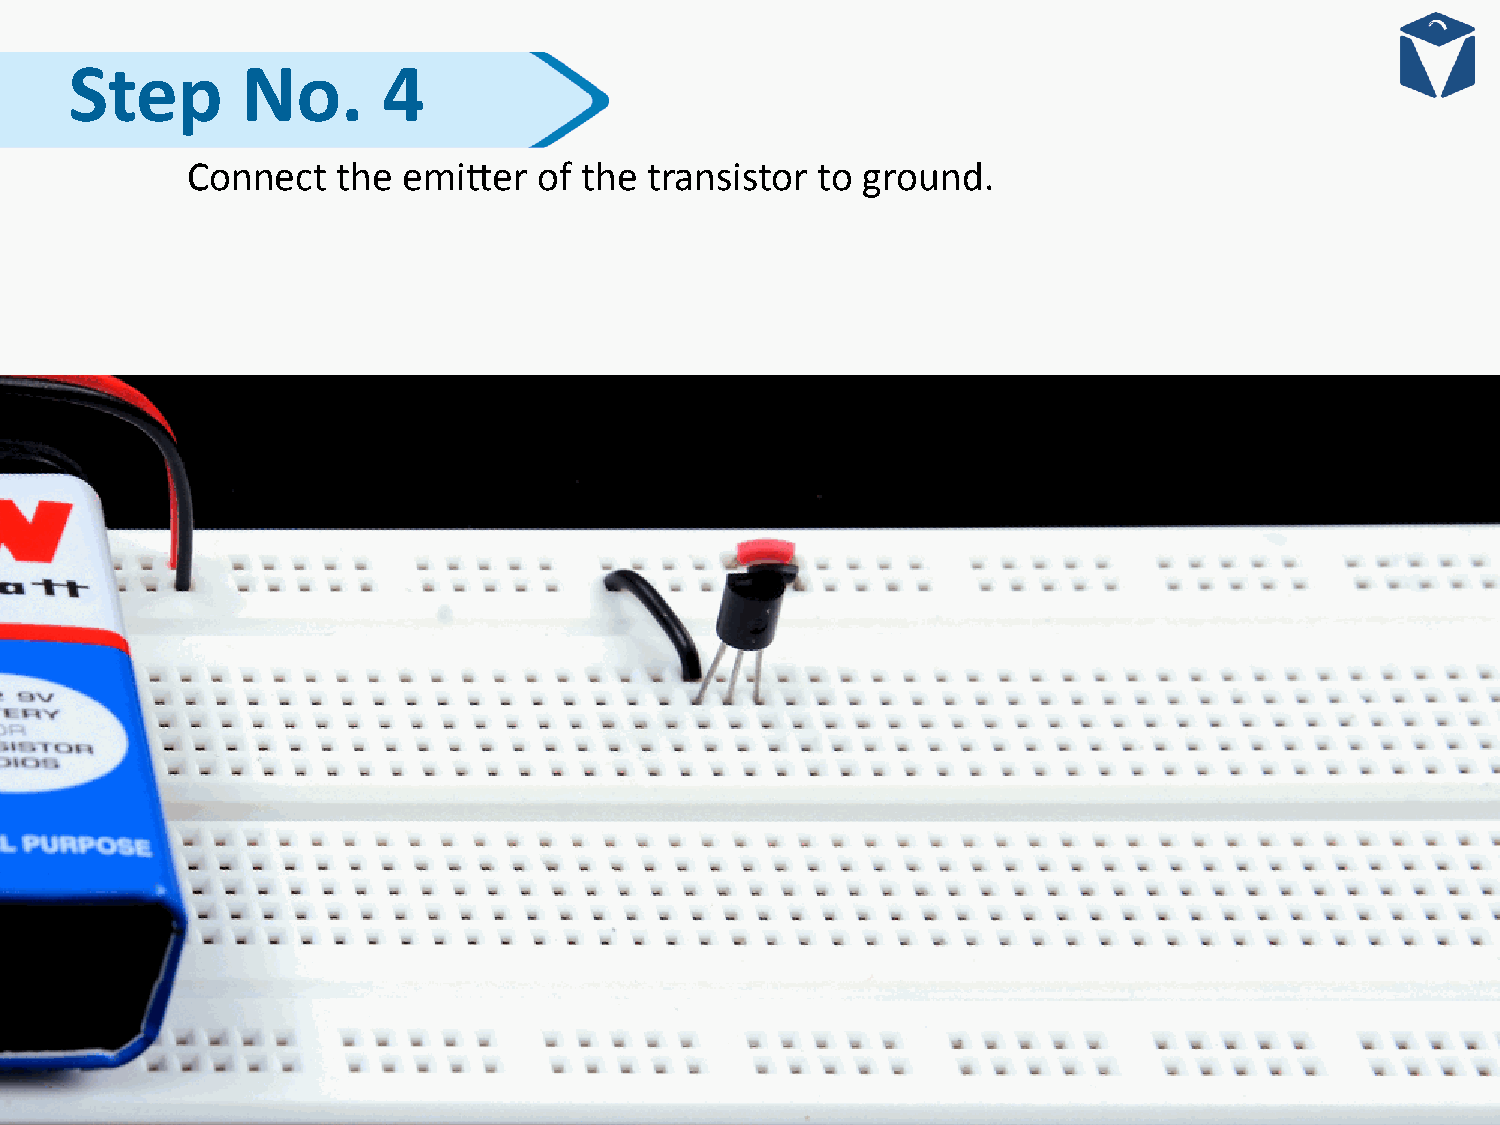
Step       No.      4
 Connect   the  emiNer   of the transistor to ground.